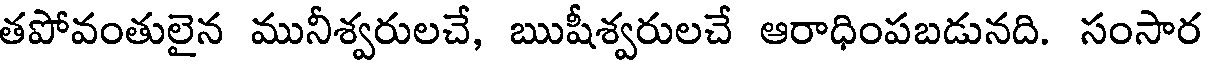
తపోవంతులైన మునీశ్వరులచే, ఋషీశ్వరులచే ఆరాధింపబడునది. సంసార